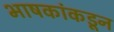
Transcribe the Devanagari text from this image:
भाषकांकडून